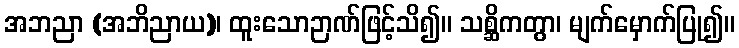
အဘညာ (အဘိညာယ)၊ ထူးသောဉာဏ်ဖြင့်သိ၍။ သစ္ဆိကတွာ၊ မျက်မှောက်ပြု၍။